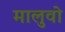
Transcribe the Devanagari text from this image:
मालुवो